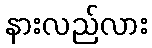
နားလည်လား